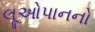
લૂઓપાનનો